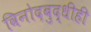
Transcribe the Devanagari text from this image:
विनोदबुद्धीही